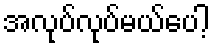
အလုပ်လုပ်မယ်ပေါ့